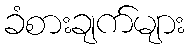
ခံစားချက်များ